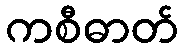
ကစီဓာတ်